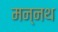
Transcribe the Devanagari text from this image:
मन्नथ